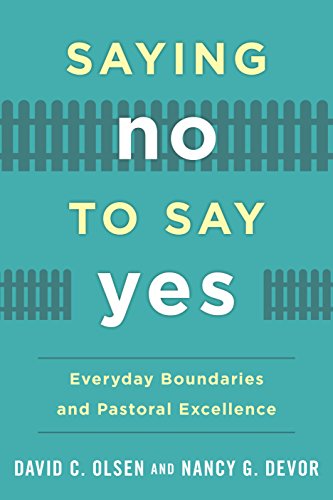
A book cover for Saying No to Say Yes: Everyday Boundaries and Pastoral Excellence; David C. Olsen Ph.D; Christian Books & Bibles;